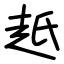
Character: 赿